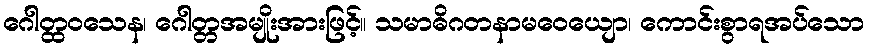
ဂေါတ္ထဝသေန၊ ဂေါတ္တအမျိုးအားဖြင့်။ သမာဓိဂတနာမဝေယျော၊ ကောင်းစွာရအပ်သော